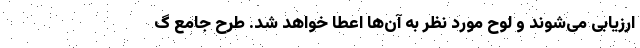
ارزیابی می‌شوند و لوح مورد نظر به آن‌ها اعطا خواهد شد. طرح جامع گ